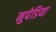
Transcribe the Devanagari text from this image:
नुपेडिया